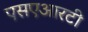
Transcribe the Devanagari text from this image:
एसएआरटी